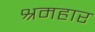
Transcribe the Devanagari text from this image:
श्रमहार